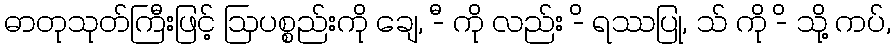
ဓာတုသုတ်ကြီးဖြင့် ဩပစ္စည်းကို ချေ, -ီ ကို လည်း -ိ ရဿပြု, သ် ကို -ိ သို့ ကပ်,